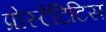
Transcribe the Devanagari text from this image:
प्रोस्टेटिटिस